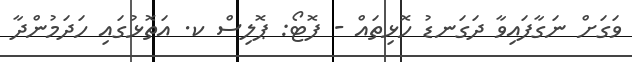
ވަގަށް ނަގާފައިވާ ދަގަނޑު ހޮޅިތައް - ފޮޓޯ: ޕޮލިސް ކ. އަތޮޅުގައި ހަދަމުންދާ